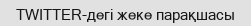
TWITTER-дегі жеке парақшасы